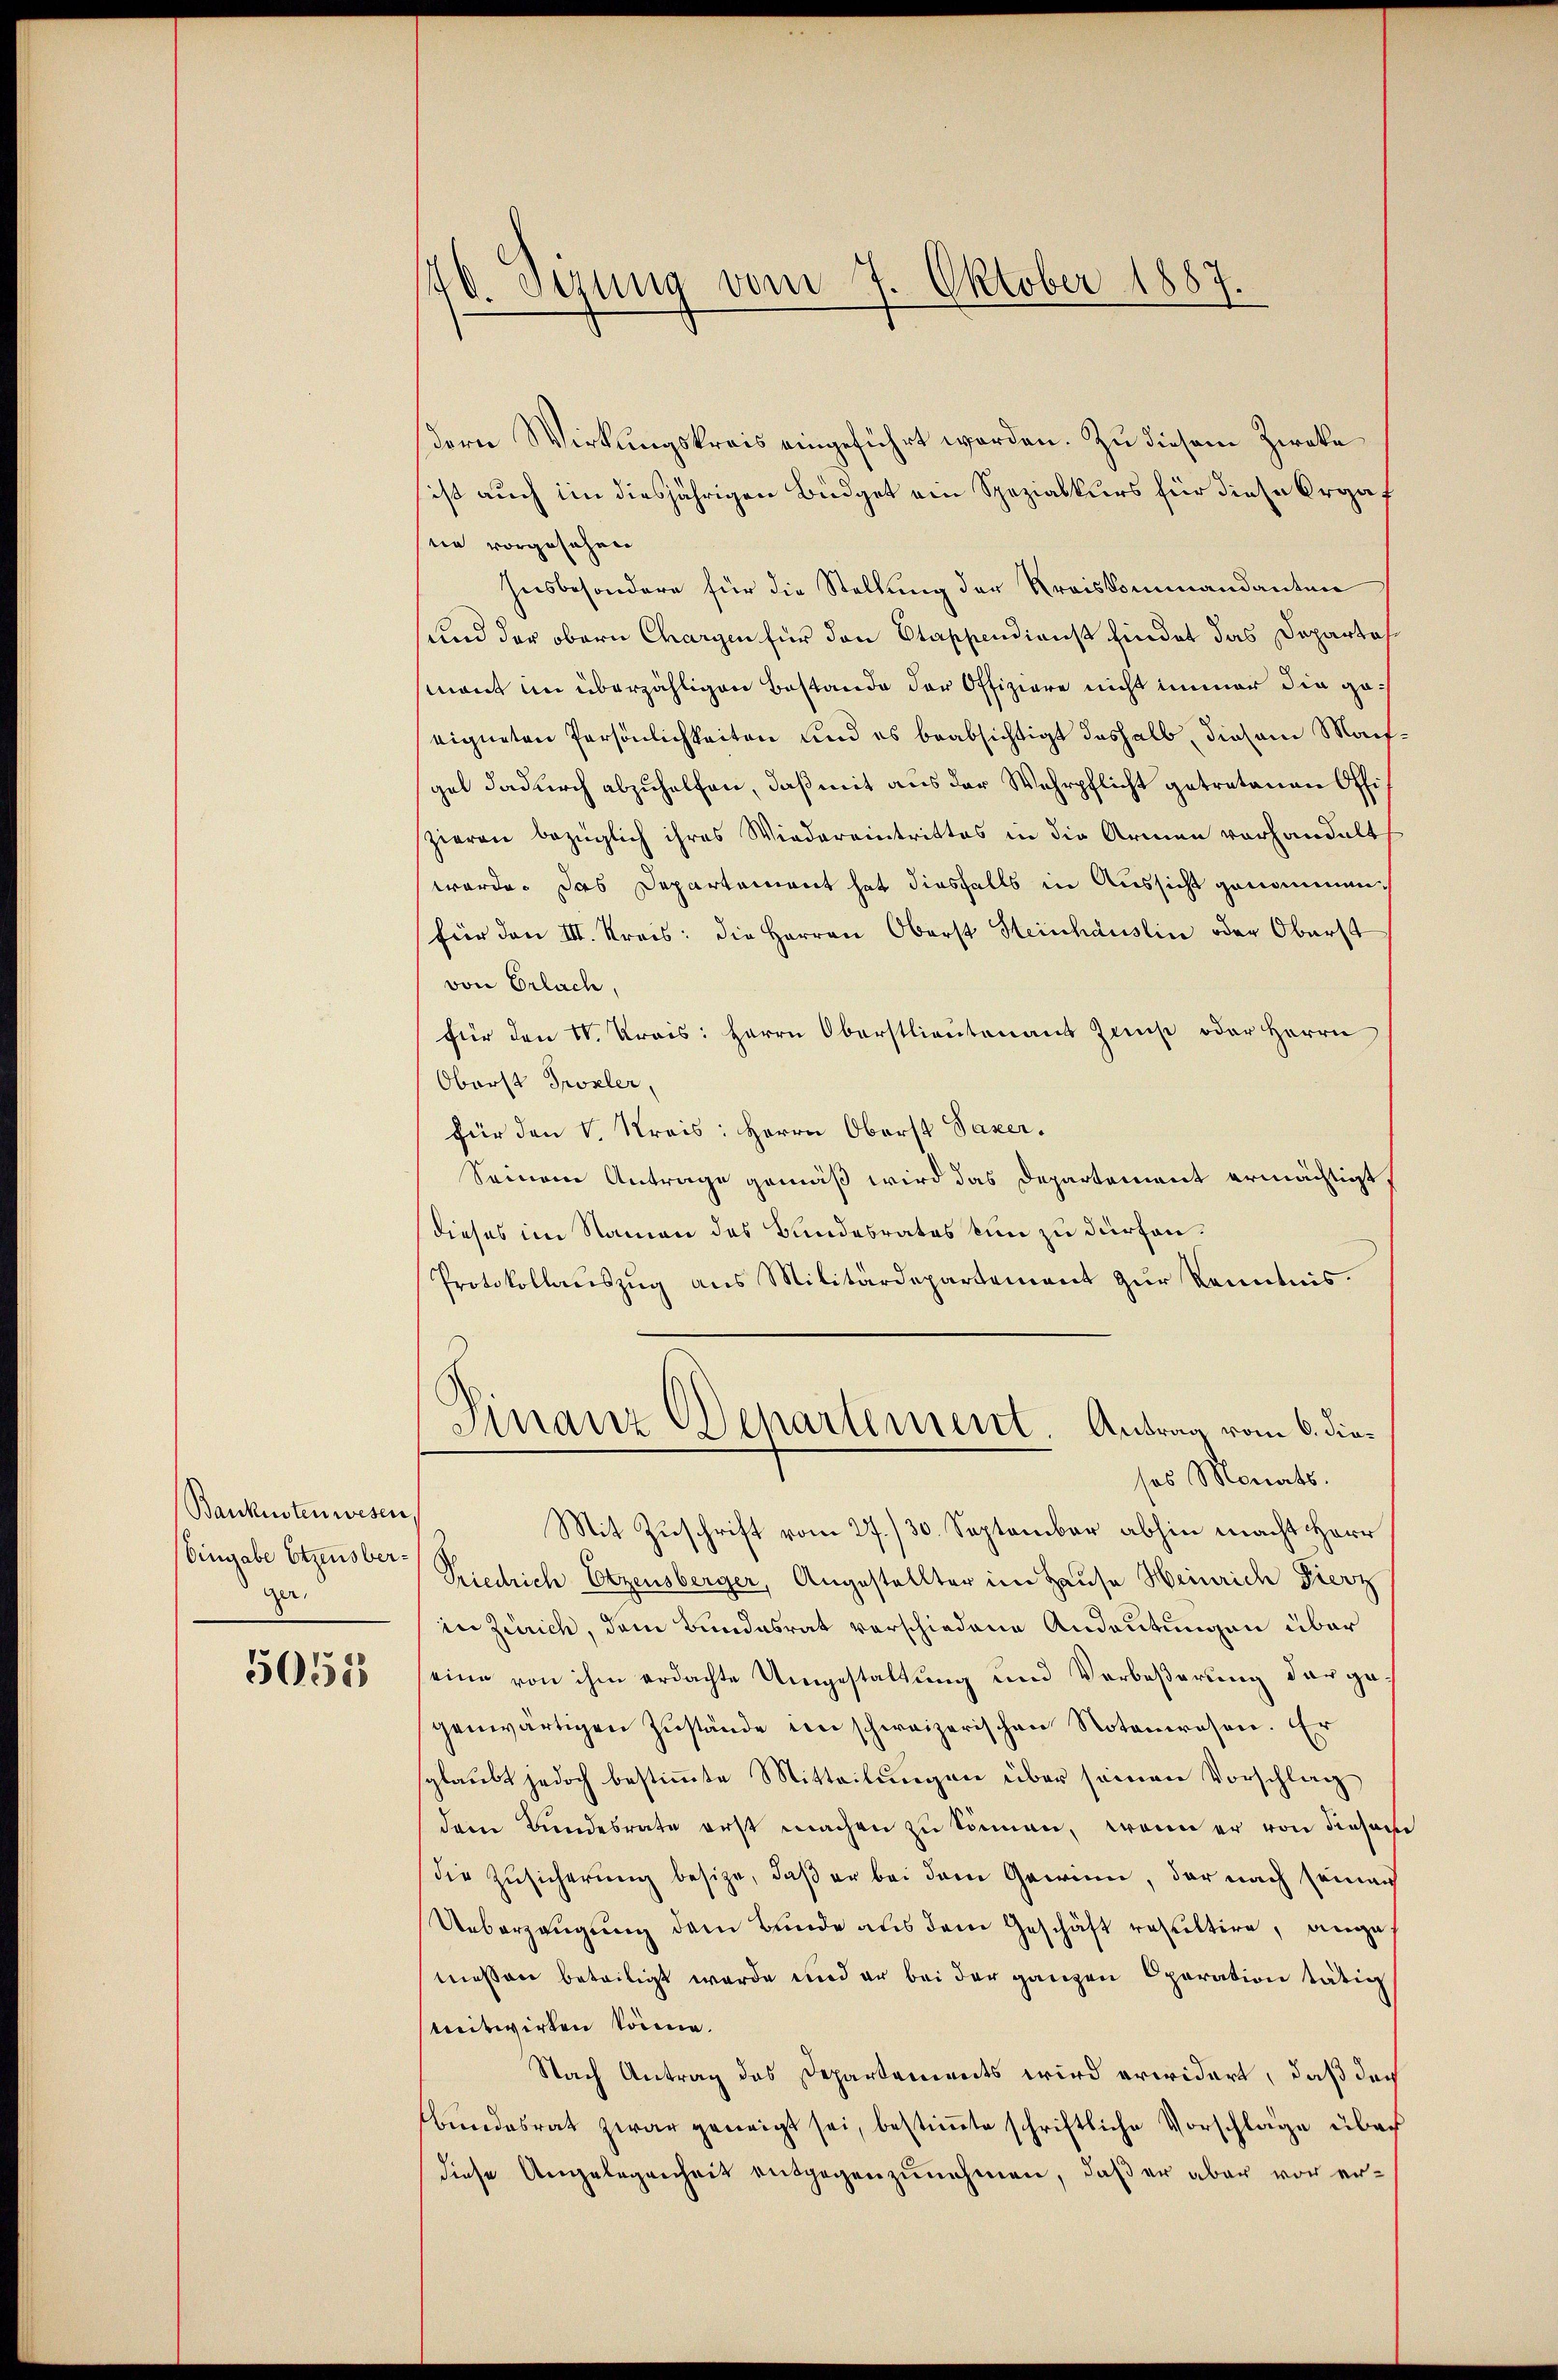
Banküstenwesen,
Eingabe Etzensbergar.

5055

40. Sezung vom 7. Oktober 1887.

sern Wirkungskreis eingeführt worden. Zu diesem Zwecke
ist auch im diesjährigen Büdget ein Spezialkurs für diese Orgaf
nie vorgesehen
Insbesondere für die Stellung der Kreiskommandanten
und der obern Chargen für den Stappendienst findet das Departasmant im überzähligen Bestande der Offiziare nicht immer die geeigneten Persönlichkeiten und es beabsichtigt deshalb, diesem Mart.
gel dadurch abzuhelfen, daß mit aus der Wehrpflicht getretenen Offizieren bezüglich ihres Wiedereintrittes in die Armen vorhandelt
werde. Das Departement hat diesfalls in Aussicht genommen,
für den III. Kreis: die Herren Oberst Heinhäuslin oder Oberst
von Erlach,
für den 10. Kreis: Herrn Oberstlieutenant Zins oder Herrn
Oberst Trosler,
für den V. Kreis: Herrn Oberst Saxer.
Seinem Antrage gemäß wird das Departement ermächtigt
dieses im Namen des Bundesrates kun zu dürfen.
Protokollaŭszŭg ans Militärdepartement zŭr Kenntnis.
Finanz Departement. Antrag vom 6. diesos Monats.
Mit Zuschrift vom 27./30. September abhin macht Herr
Priedrich Etzensberger, Angestellter im Hause Heinrich Fierz
in Zürich, dem Bundesrat verschiedene Andeutungen über
eine von ihm erdachte Umgestaltung und Verbeßerung der gegenwärtigen Zustände im schweizerischen Notenwesen. Er
sglaubt jedoch bestimmte Mitteilungen über seinen Vorschlag
dem Bundesrate erst machen zu können, wenn er von dieser
die Zusicherung besize, daß er bei dem Gewinn, der nach seiner
Ueberzeugung dem Bunde aus dem Geschäft resultire, angemeßen beteiligt werde und er bei der ganzen Oparation tätig
mitwirken könne.
Nach Antrag des Departements wird erwidert, daß doch
bundesrat zwar geneigt sei, bestimte schriftliche Vorschläge über
diese Angelegenheit entgegenzunehmen, daß er aber vor er¬